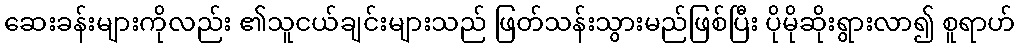
ဆေးခန်းများကိုလည်း ၏သူငယ်ချင်းများသည် ဖြတ်သန်းသွားမည်ဖြစ်ပြီး ပိုမိုဆိုးရွားလာ၍ စူရာဟ်